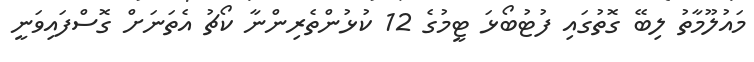
މައުލޫމާތު ލިބޭ ގޮތުގައި ފުޓުބޯޅަ ޓީމުގެ 12 ކުޅުންތެރިންނާ ކޯޗު އެތަނަށް ގޮސްފައިވަނީ